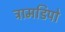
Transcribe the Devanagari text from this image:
ट्रामडिपो